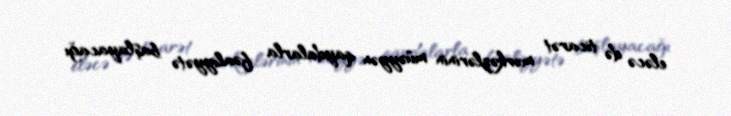
eləcə də ticarət mərkəzlərinin müəyyən qaydalarla fəaliyyətə başlayacağı